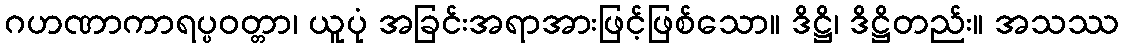
ဂဟဏာကာရပ္ပဝတ္တာ၊ ယူပုံ အခြင်းအရာအားဖြင့်ဖြစ်သော။ ဒိဋ္ဌိ၊ ဒိဋ္ဌိတည်း။ အသဿ